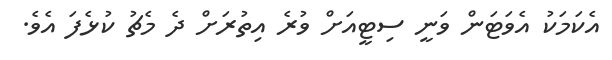
އެކަމަކު އެވަޓަން ވަނީ ސިޓީއަށް ވުރެ އިތުރަށް ދެ މެޗު ކުޅެފަ އެވެ.